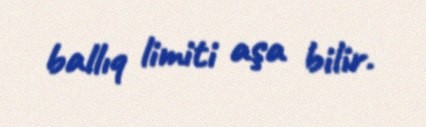
ballıq limiti aşa bilir.